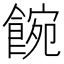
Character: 𩜌